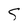
Character: S